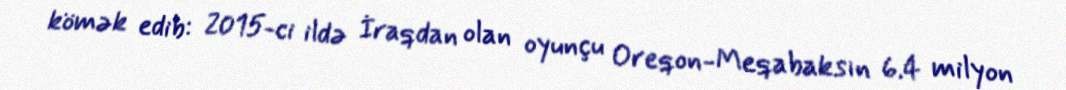
kömək edib: 2015-ci ildə İraqdan olan oyunçu Oreqon-Meqabaksın 6.4 milyon